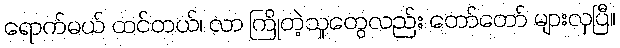
ရောက်မယ် ထင်တယ်၊ လာ ကြိုတဲ့သူတွေလည်း တော်တော် များလှပြီ။